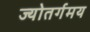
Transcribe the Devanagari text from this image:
ज्योतर्गमय